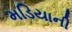
મડિયાની